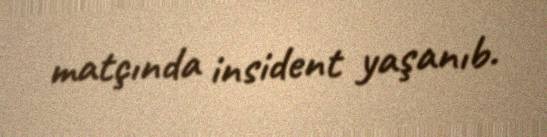
matçında insident yaşanıb.